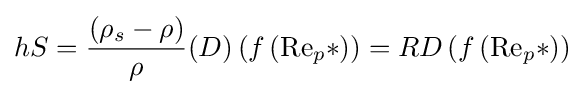
{hS}={{\frac {(\rho _{s}-\rho )}{\rho }}(D)}\left(f\left(\mathrm {Re} _{p}*\right)\right)=RD\left(f\left(\mathrm {Re} _{p}*\right)\right)